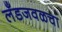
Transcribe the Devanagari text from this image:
लँडजवळचा